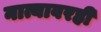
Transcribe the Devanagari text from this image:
नात्यावरही